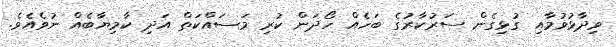
ވިދާޅުވުމާއި ގުޅިގެން ސަރުކާރުގެ ބަހެއް ހޯދަން ކުރި މަސައްކަތް އަދި ކާމިޔާބެއް ނުވެއެވެ.